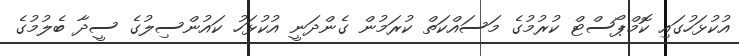
އުކުޅަހުގައި ކޮމްޕޯސްޓް ކުރުމުގެ މަސައްކަތް ކުރަމުން ގެންދަނީ އުކުޅަހު ކައުންސިލުގެ ސީދާ ބެލުމުގެ